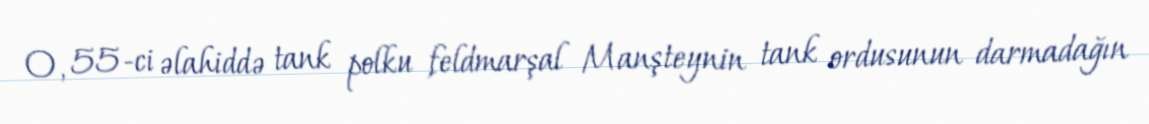
O, 55-ci əlahiddə tank polku feldmarşal Manşteynin tank ordusunun darmadağın